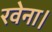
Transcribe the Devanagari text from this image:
रवेना।